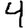
Digit: 4